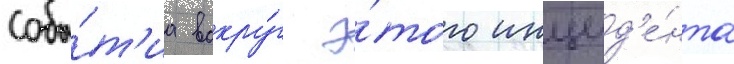
Собы́т'иа вокру́г э́того инцид'е́нта